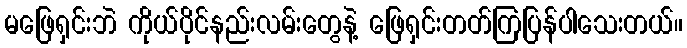
မဖြေရှင်းဘဲ ကိုယ်ပိုင်နည်းလမ်းတွေနဲ့ ဖြေရှင်းတတ်ကြပြန်ပါသေးတယ်။